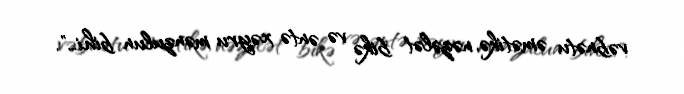
vəbnətu əmətikə, nəzələt bikə və əntə xəyru mənzulun bihi…".